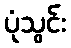
ပုံသွင်း